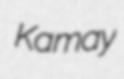
Kamay